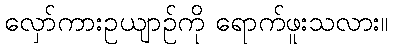
လှော်ကားဥယျာဉ်ကို ရောက်ဖူးသလား။